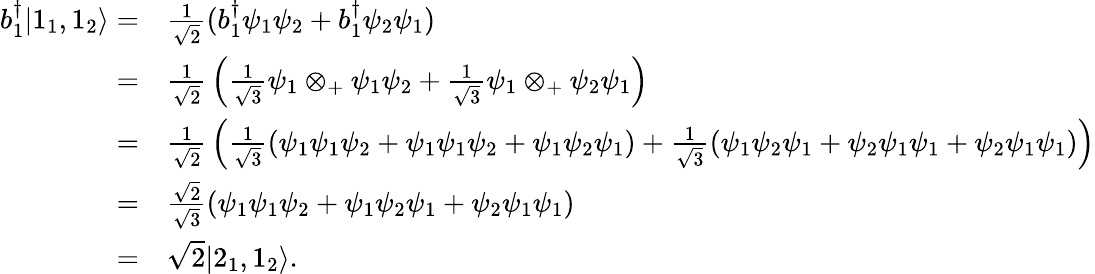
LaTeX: \begin{array}{rl}{b_{1}^{\dagger}|1_{1},1_{2}\rangle=}&{{\frac{1}{\sqrt{2}}}(b_{1}^{\dagger}\psi_{1}\psi_{2}+b_{1}^{\dagger}\psi_{2}\psi_{1})}\\ {=}&{{\frac{1}{\sqrt{2}}}\left({\frac{1}{\sqrt{3}}}\psi_{1}\otimes_{+}\psi_{1}\psi_{2}+{\frac{1}{\sqrt{3}}}\psi_{1}\otimes_{+}\psi_{2}\psi_{1}\right)}\\ {=}&{{\frac{1}{\sqrt{2}}}\left({\frac{1}{\sqrt{3}}}(\psi_{1}\psi_{1}\psi_{2}+\psi_{1}\psi_{1}\psi_{2}+\psi_{1}\psi_{2}\psi_{1})+{\frac{1}{\sqrt{3}}}(\psi_{1}\psi_{2}\psi_{1}+\psi_{2}\psi_{1}\psi_{1}+\psi_{2}\psi_{1}\psi_{1})\right)}\\ {=}&{{\frac{\sqrt{2}}{\sqrt{3}}}(\psi_{1}\psi_{1}\psi_{2}+\psi_{1}\psi_{2}\psi_{1}+\psi_{2}\psi_{1}\psi_{1})}\\ {=}&{{\sqrt{2}}|2_{1},1_{2}\rangle.}\end{array}